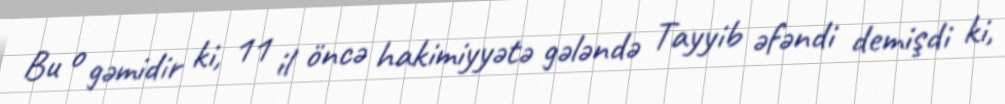
Bu o gəmidir ki, 11 il öncə hakimiyyətə gələndə Tayyib əfəndi demişdi ki,